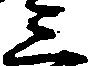
三